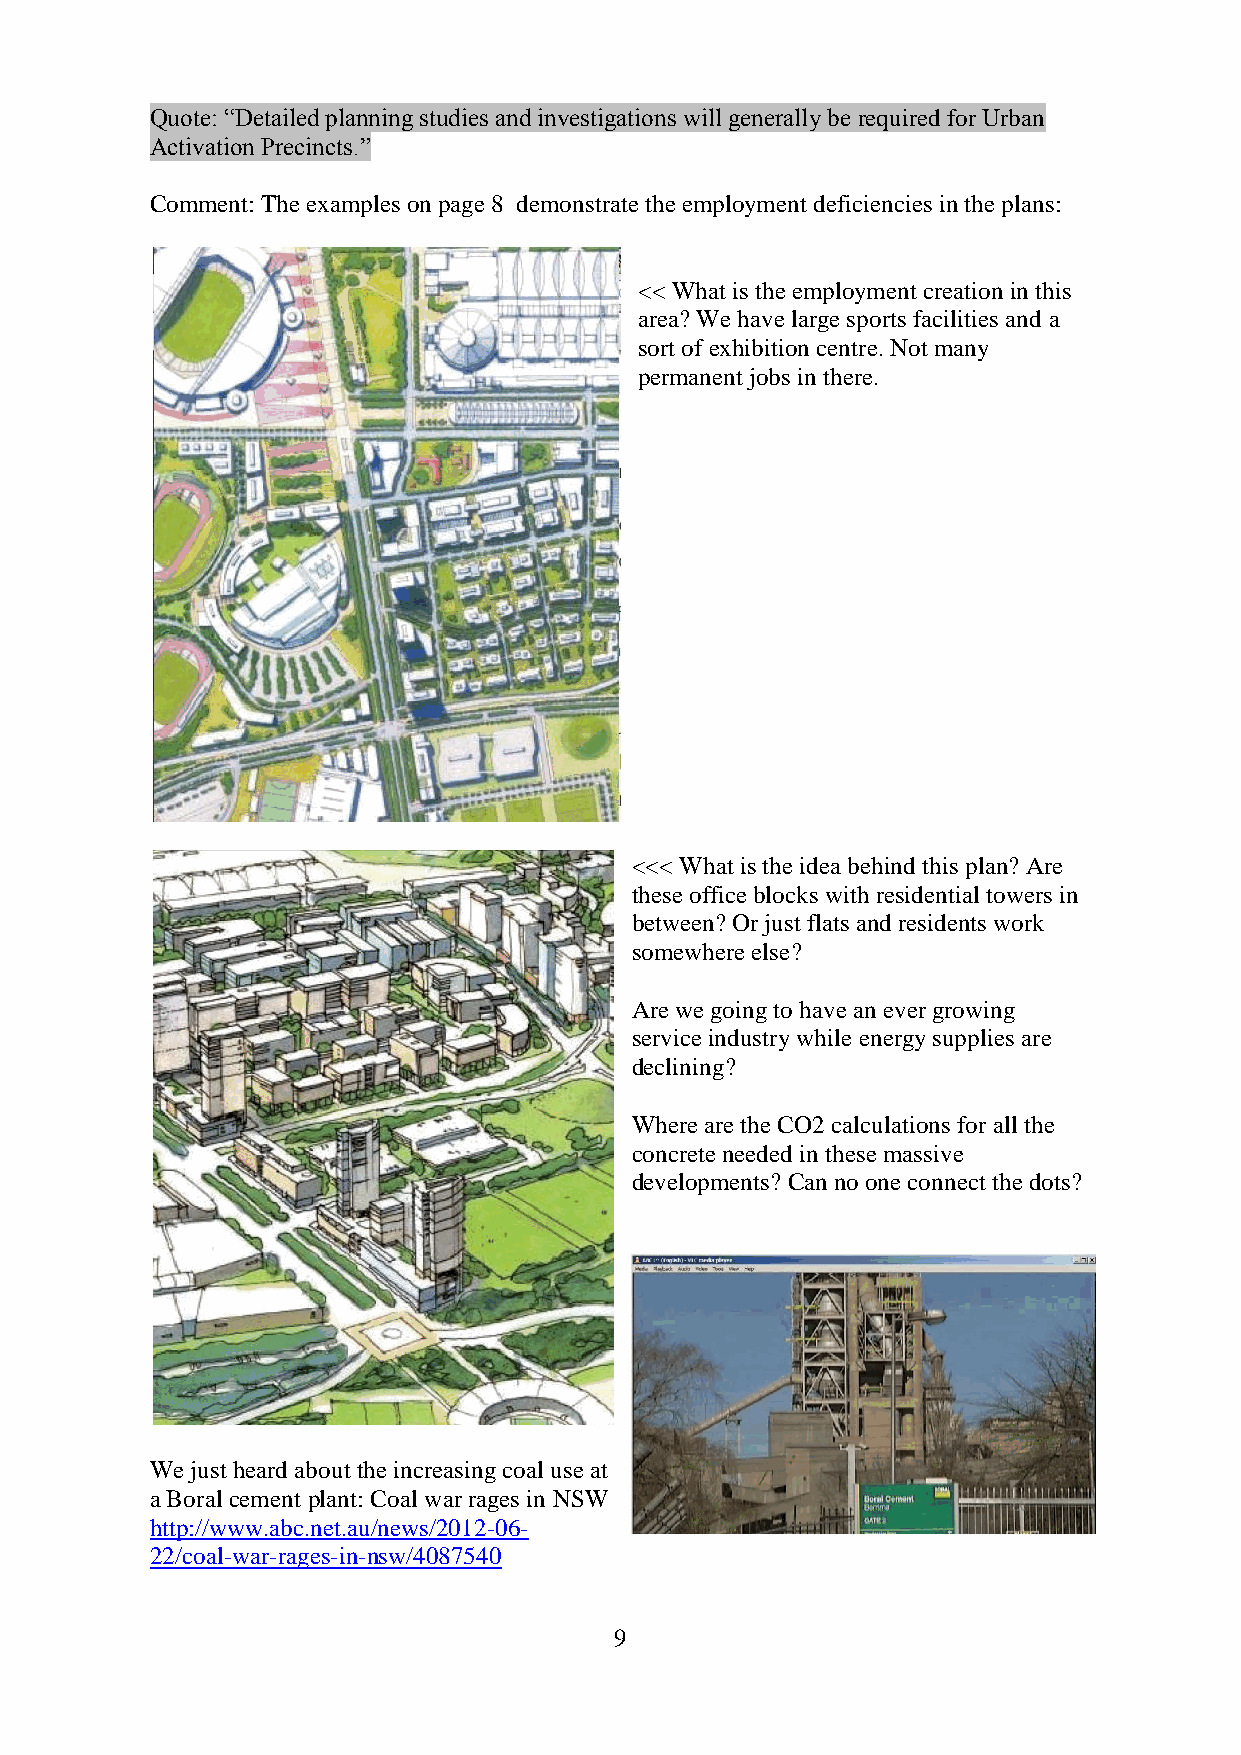
Quote: “Detailed planning studies and investigations will generally be required for Urban
 Activation Precincts.”
 Comment: The examples on page 8 demonstrate the employment deficiencies in the plans:
 << What is the employment creation in this
 area? We have large sports facilities and a
 sort of exhibition centre. Not many
 permanent jobs in there.
 <<< What is the idea behind this plan? Are
 these office blocks with residential towers in
 between? Or just flats and residents work
 somewhere else?
 Are we going to have an ever growing
 service industry while energy supplies are
 declining?
 Where are the CO2 calculations for all the
 concrete needed in these massive
 developments? Can no one connect the dots?
 We just heard about the increasing coal use at
 a Boral cement plant: Coal war rages in NSW
 http://www.abc.net.au/news/2012-06-
 22/coal-war-rages-in-nsw/4087540
 9